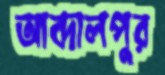
আব্দালপুর